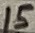
Text: 15